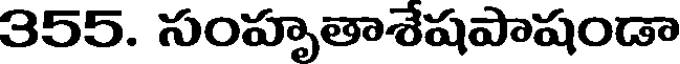
355. సంహృతాశేషపాషండా